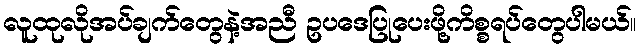
လူထုလိုအပ်ချက်တွေနဲ့အညီ ဥပဒေပြုပေးဖို့ကိစ္စရပ်တွေပါမယ်။